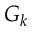
G _ { k }